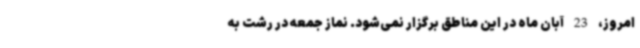
امروز، 23 آبان ماه در این مناطق برگزار نمی‌شود. نماز جمعه در رشت به